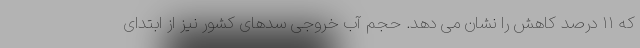
که ۱۱ درصد کاهش را نشان می دهد. حجم آب خروجی سدهای کشور نیز از ابتدای